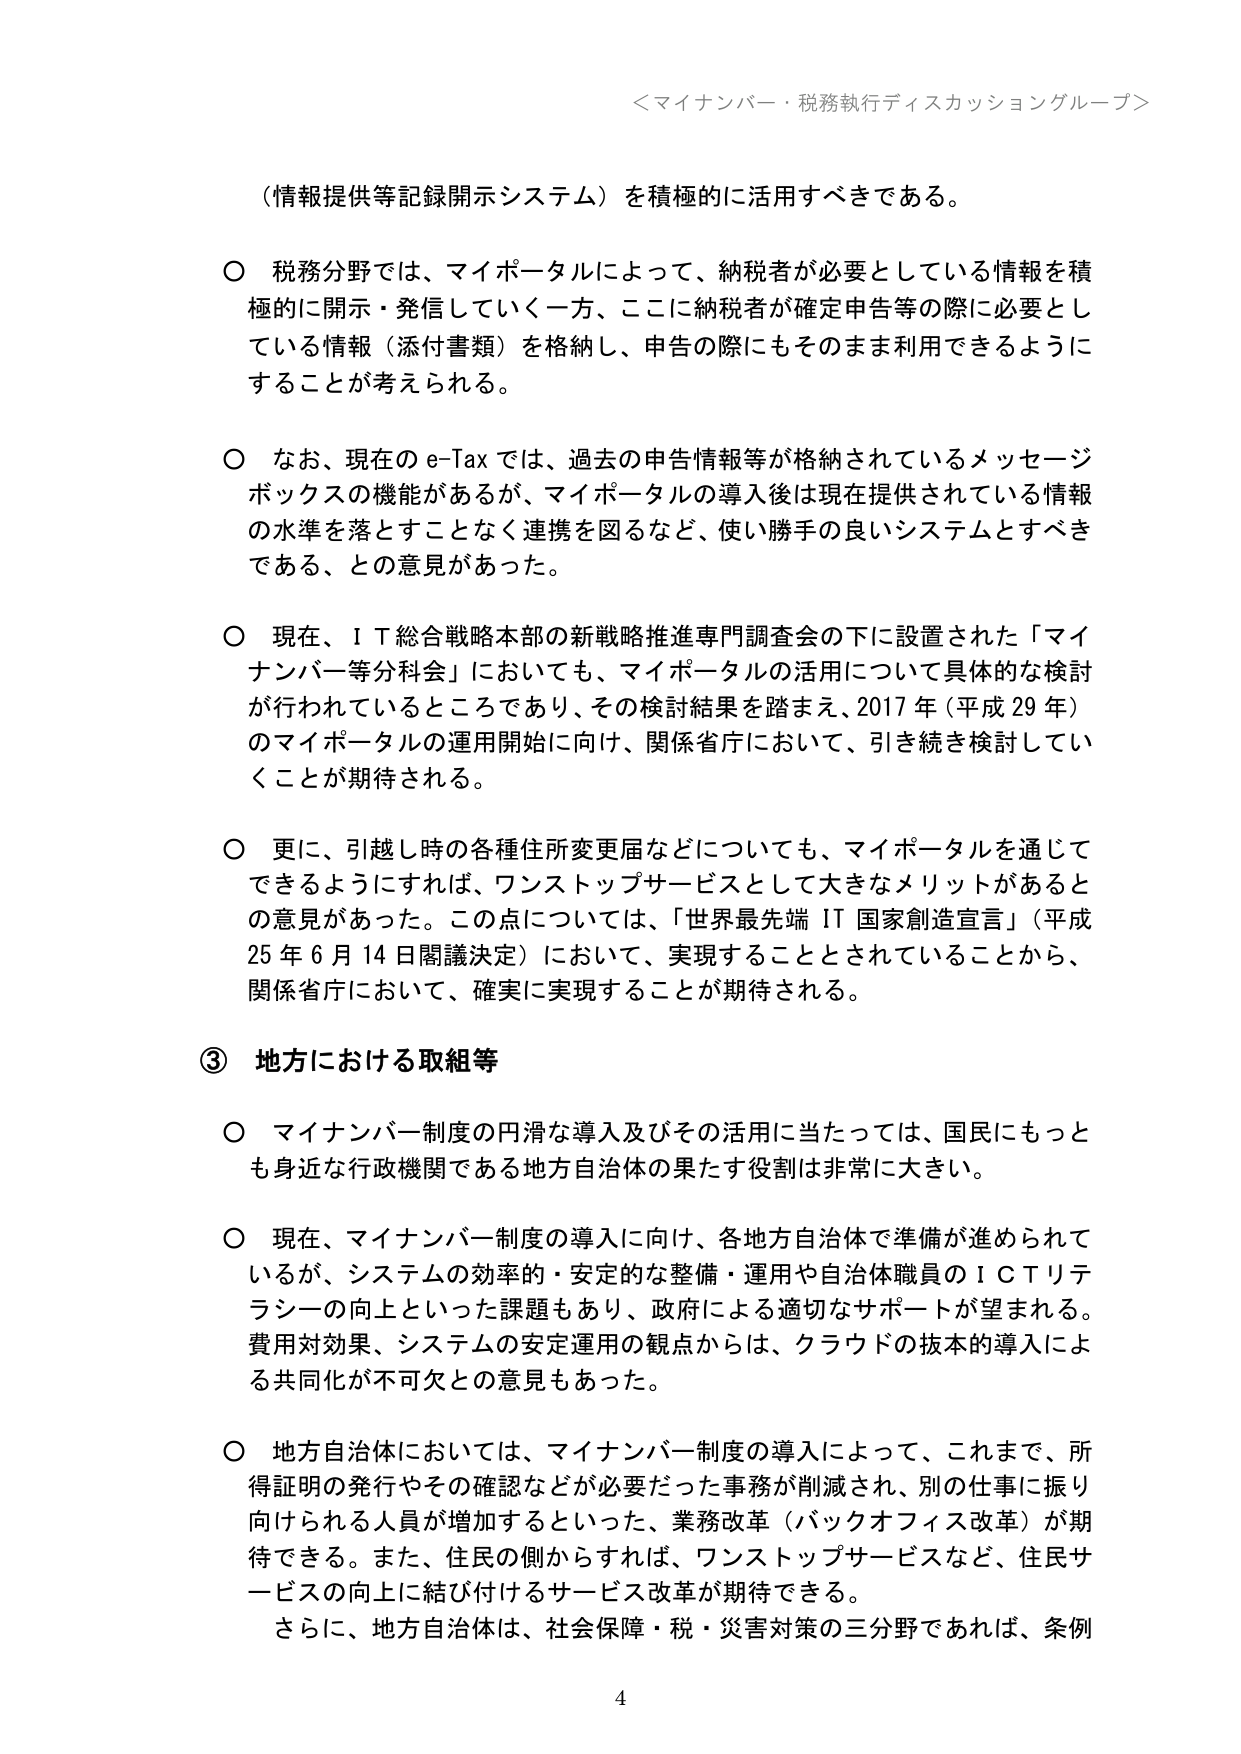
＜マイナンバー・税務執行ディスカッショングループ＞

（情報提供等記録開示システム）を積極的に活用すべきである。

○ 税務分野では、マイポータルによって、納税者が必要としている情報を積極的に開示・発信していく一方、ここに納税者が確定申告等の際に必要としている情報（添付書類）を格納し、申告の際にもそのまま利用できるようにすることが考えられる。

○ なお、現在の e-Tax では、過去の申告情報等が格納されているメッセージボックスの機能があるが、マイポータルの導入後は現在提供されている情報の水準を落とすことなく連携を図るなど、使い勝手の良いシステムとすべきである、との意見があった。

○ 現在、ＩＴ総合戦略本部の新戦略推進専門調査会の下に設置された「マイナンバー等分科会」においても、マイポータルの活用について具体的な検討が行われているところであり、その検討結果を踏まえ、2017 年（平成 29 年）のマイポータルの運用開始に向け、関係省庁において、引き続き検討していくことが期待される。

○ 更に、引越し時の各種住所変更届などについても、マイポータルを通じてできるようにすれば、ワンストップサービスとして大きなメリットがあるとの意見があった。この点については、「世界最先端 IT 国家創造宣言」（平成 25 年 6 月 14 日閣議決定）において、実現することとされていることから、関係省庁において、確実に実現することが期待される。

③ 地方における取組等

○ マイナンバー制度の円滑な導入及びその活用に当たっては、国民にもっとも身近な行政機関である地方自治体の果たす役割は非常に大きい。

○ 現在、マイナンバー制度の導入に向け、各地方自治体で準備が進められているが、システムの効率的・安定的な整備・運用や自治体職員のＩＣＴリテラシーの向上といった課題もあり、政府による適切なサポートが望まれる。費用対効果、システムの安定運用の観点からは、クラウドの抜本的導入による共同化が不可欠との意見もあった。

○ 地方自治体においては、マイナンバー制度の導入によって、これまで、所得証明の発行やその確認などが必要だった事務が削減され、別の仕事に振り向けられる人員が増加するといった、業務改革（バックオフィス改革）が期待できる。また、住民の側からすれば、ワンストップサービスなど、住民サービスの向上に結び付けるサービス改革が期待できる。
さらに、地方自治体は、社会保障・税・災害対策の三分野であれば、条例

4